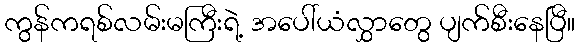
ကွန်ကရစ်လမ်းမကြီးရဲ့ အပေါ်ယံလွှာတွေ ပျက်စီးနေပြီ။